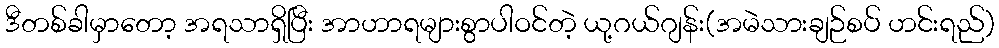
ဒီတစ်ခါမှာတော့ အရသာရှိပြီး အာဟာရများစွာပါဝင်တဲ့ ယု့ဂယ်ဂျန်း(အမဲသားချဉ်စပ် ဟင်းရည်)